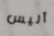
أليس